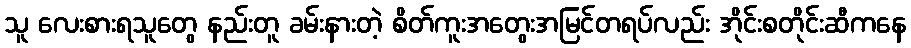
သူ လေးစားရသူတွေ နည်းတူ ခမ်းနားတဲ့ စိတ်ကူးအတွေးအမြင်တရပ်လည်း အိုင်းစတိုင်းဆီကနေ